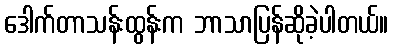
ဒေါက်တာသန်းထွန်းက ဘာသာပြန်ဆိုခဲ့ပါတယ်။